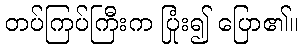
တပ်ကြပ်ကြီးက ပြုံး၍ ပြော၏။